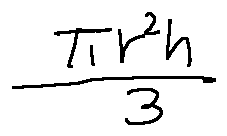
\frac { \pi r ^ { 2 } h } { 3 }